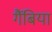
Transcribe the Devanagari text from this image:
गैंबिया